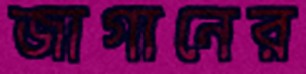
জাগানের